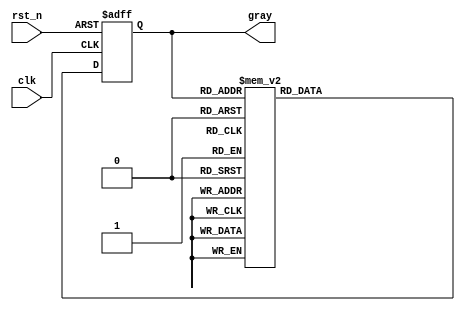
module gray_code_async_counter (
    input wire clk,          // Clock signal
    input wire rst_n,       // Asynchronous reset, active low
    output reg [2:0] gray   // 3-bit Gray Code output
);

// Internal signals for next state
reg [2:0] next_gray;

// Always block for asynchronous reset and state updating
always @(posedge clk or negedge rst_n) begin
    if (!rst_n) begin
        // Reset to initial Gray Code value: 000
        gray <= 3'b000;
    end else begin
        gray <= next_gray;
    end
end

// Combinational logic to determine the next Gray Code state
always @(*) begin
    case (gray)
        3'b000: next_gray = 3'b001; // 0 -> 1
        3'b001: next_gray = 3'b011; // 1 -> 3
        3'b011: next_gray = 3'b010; // 3 -> 2
        3'b010: next_gray = 3'b110; // 2 -> 6
        3'b110: next_gray = 3'b111; // 6 -> 7
        3'b111: next_gray = 3'b101; // 7 -> 5
        3'b101: next_gray = 3'b100; // 5 -> 4
        3'b100: next_gray = 3'b000; // 4 -> 0
        default: next_gray = 3'b000; // Default to 0 in case of invalid state
    endcase
end

endmodule